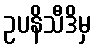
ဥပနိသီဒိမှ